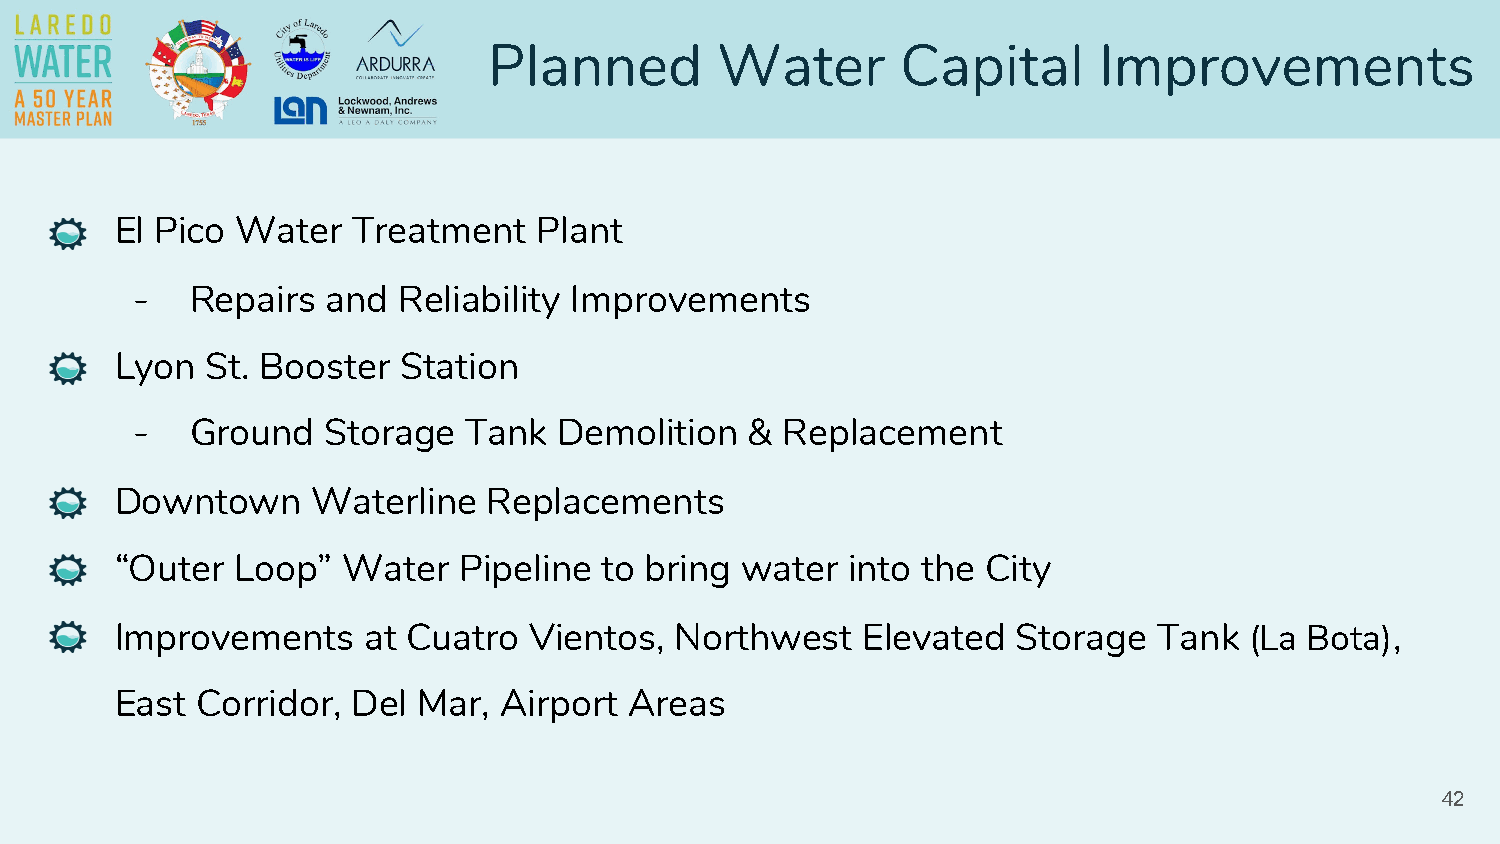
Planned        Water        Capital      Improvements
 El Pico Water  Treatment   Plant
 -   Repairs  and Reliability Improvements
 Lyon  St. Booster  Station
 -   Ground  Storage   Tank  Demolition   & Replacement
 Downtown     Waterline  Replacements
 “Outer  Loop”  Water  Pipeline  to bring water  into the City
 Improvements    at Cuatro  Vientos,  Northwest   Elevated  Storage   Tank  (La Bota),
 East Corridor, Del  Mar, Airport  Areas
 42